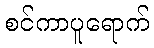
စင်ကာပူရောက်